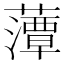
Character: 藫